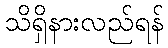
သိရှိနားလည်ရန်